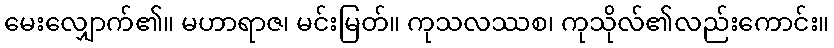
မေးလျှောက်၏။ မဟာရာဇ၊ မင်းမြတ်။ ကုသလဿစ၊ ကုသိုလ်၏လည်းကောင်း။